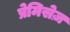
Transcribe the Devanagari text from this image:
प्रेमिसेज़